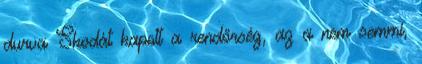
durva Skodát kapott a rendőrség, az a nem semmi,